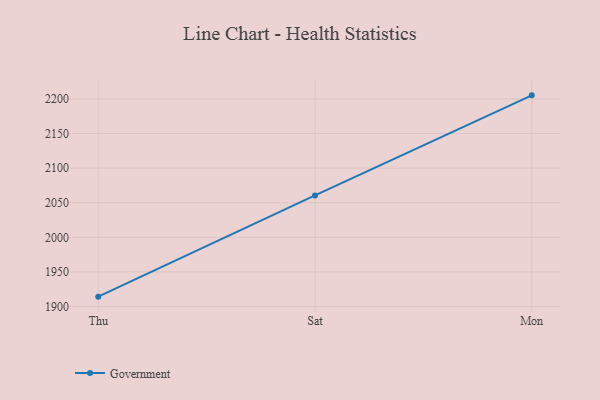
{"axis": {"x": "Day", "y": "Headcount"}, "legend": ["Government"], "data": [{"x": "Thu", "y": 1914.3, "type": "Government"}, {"x": "Sat", "y": 2060.5, "type": "Government"}, {"x": "Mon", "y": 2205.1, "type": "Government"}]}